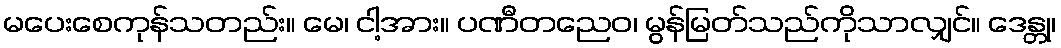
မပေးစေကုန်သတည်း။ မေ၊ ငါ့အား။ ပဏီတညေဝ၊ မွန်မြတ်သည်ကိုသာလျှင်။ ဒေန္တု၊